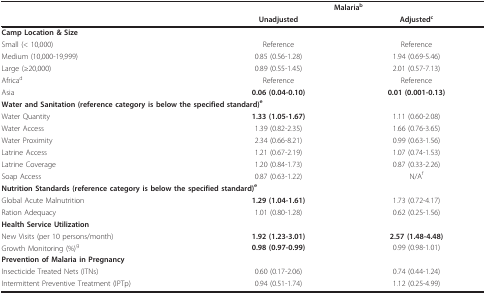
<table><thead><tr><td></td><td colspan="2"><b>Malaria<sup>b</sup></b></td></tr><tr><td></td><td><b>Unadjusted</b></td><td><b>Adjusted<sup>c</sup></b></td></tr></thead><tbody><tr><td colspan="3"><b>Camp Location &amp; Size</b></td></tr><tr><td>Small (&lt; 10,000)</td><td>Reference</td><td>Reference</td></tr><tr><td>Medium (10,000-19,999)</td><td>0.85 (0.56-1.28)</td><td>1.94 (0.69-5.46)</td></tr><tr><td>Large (≥20,000)</td><td>0.89 (0.55-1.45)</td><td>2.01 (0.57-7.13)</td></tr><tr><td>Africa<sup>d</sup></td><td>Reference</td><td>Reference</td></tr><tr><td>Asia</td><td><b>0.06 (0.04-0.10)</b></td><td><b>0.01 (0.001-0.13)</b></td></tr><tr><td colspan="3"><b>Water and Sanitation (reference category is below the specified standard)<sup>e</sup></b></td></tr><tr><td>Water Quantity</td><td><b>1.33 (1.05-1.67)</b></td><td>1.11 (0.60-2.08)</td></tr><tr><td>Water Access</td><td>1.39 (0.82-2.35)</td><td>1.66 (0.76-3.65)</td></tr><tr><td>Water Proximity</td><td>2.34 (0.66-8.21)</td><td>0.99 (0.63-1.56)</td></tr><tr><td>Latrine Access</td><td>1.21 (0.67-2.19)</td><td>1.07 (0.74-1.53)</td></tr><tr><td>Latrine Coverage</td><td>1.20 (0.84-1.73)</td><td>0.87 (0.33-2.26)</td></tr><tr><td>Soap Access</td><td>0.87 (0.63-1.22)</td><td>N/A<sup>f</sup></td></tr><tr><td colspan="3"><b>Nutrition Standards (reference category is below the specified standard)<sup>e</sup></b></td></tr><tr><td>Global Acute Malnutrition</td><td><b>1.29 (1.04-1.61)</b></td><td>1.73 (0.72-4.17)</td></tr><tr><td>Ration Adequacy</td><td>1.01 (0.80-1.28)</td><td>0.62 (0.25-1.56)</td></tr><tr><td colspan="3"><b>Health Service Utilization</b></td></tr><tr><td>New Visits (per 10 persons/month)</td><td><b>1.92 (1.23-3.01)</b></td><td><b>2.57 (1.48-4.48)</b></td></tr><tr><td>Growth Monitoring (%)<sup>g</sup></td><td><b>0.98 (0.97-0.99)</b></td><td>0.99 (0.98-1.01)</td></tr><tr><td colspan="3"><b>Prevention of Malaria in Pregnancy</b></td></tr><tr><td>Insecticide Treated Nets (ITNs)</td><td>0.60 (0.17-2.06)</td><td>0.74 (0.44-1.24)</td></tr><tr><td>Intermittent Preventive Treatment (IPTp)</td><td>0.94 (0.51-1.74)</td><td>1.12 (0.25-4.99)</td></tr></tbody></table>